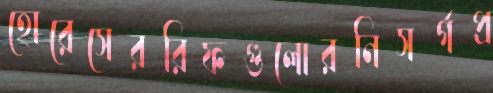
হোরেসেররিফগুলোরনিসর্গপ্র